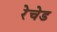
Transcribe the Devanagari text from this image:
रेचेड